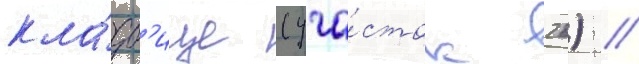
кла́дб'ище (уча́сток 26) //